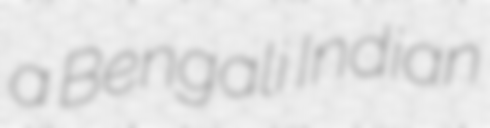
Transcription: a Bengali Indian